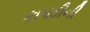
કાપડીની